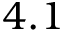
4 . 1